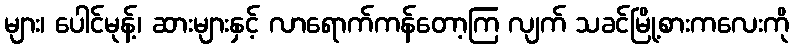
များ၊ ပေါင်မုန့်၊ ဆားများနှင့် လာရောက်ကန်တော့ကြ လျက် သခင်မြို့စားကလေးကို